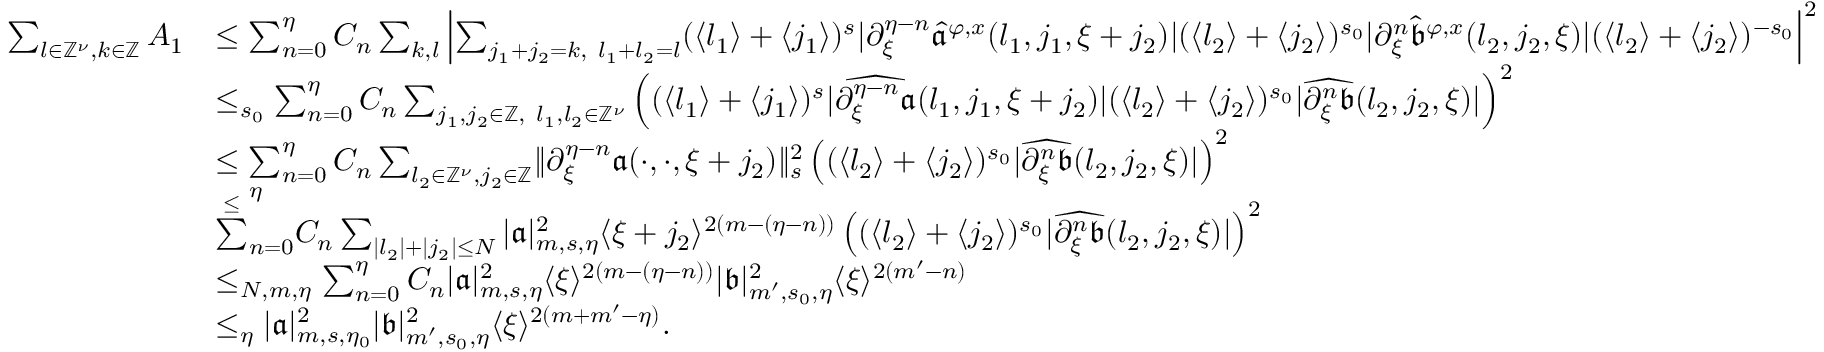
\begin{array} { r l } { \sum _ { l \in \mathbb { Z } ^ { \nu } , k \in \mathbb { Z } } A _ { 1 } } & { \le \sum _ { n = 0 } ^ { \eta } C _ { n } \sum _ { k , l } \left| \sum _ { j _ { 1 } + j _ { 2 } = k , \ l _ { 1 } + l _ { 2 } = l } ( \langle l _ { 1 } \rangle + \langle j _ { 1 } \rangle ) ^ { s } | \partial _ { \xi } ^ { \eta - n } \widehat { \mathfrak { a } } ^ { \varphi , x } ( l _ { 1 } , j _ { 1 } , \xi + { j _ { 2 } } ) | ( \langle l _ { 2 } \rangle + \langle j _ { 2 } \rangle ) ^ { s _ { 0 } } | \partial _ { \xi } ^ { n } \widehat { \mathfrak { b } } ^ { \varphi , x } ( l _ { 2 } , j _ { 2 } , \xi ) | ( \langle l _ { 2 } \rangle + \langle j _ { 2 } \rangle ) ^ { - s _ { 0 } } \right| ^ { 2 } } \\ & { \le _ { s _ { 0 } } \sum _ { n = 0 } ^ { \eta } C _ { n } \sum _ { j _ { 1 } , j _ { 2 } \in \mathbb { Z } , \ l _ { 1 } , l _ { 2 } \in \mathbb { Z } ^ { \nu } } \left( ( \langle l _ { 1 } \rangle + \langle j _ { 1 } \rangle ) ^ { s } | \widehat { \partial _ { \xi } ^ { \eta - n } \mathfrak { a } } ( l _ { 1 } , j _ { 1 } , \xi + { j _ { 2 } } ) | ( \langle l _ { 2 } \rangle + \langle j _ { 2 } \rangle ) ^ { s _ { 0 } } | \widehat { \partial _ { \xi } ^ { n } \mathfrak { b } } ( l _ { 2 } , j _ { 2 } , \xi ) | \right) ^ { 2 } } \\ & { \le \sum _ { n = 0 } ^ { \eta } C _ { n } \sum _ { l _ { 2 } \in \mathbb { Z } ^ { \nu } , j _ { 2 } \in \mathbb { Z } } \rVert \partial _ { \xi } ^ { \eta - n } \mathfrak { a } ( \cdot , \cdot , \xi + j _ { 2 } ) \rVert _ { s } ^ { 2 } \left( ( \langle l _ { 2 } \rangle + \langle j _ { 2 } \rangle ) ^ { s _ { 0 } } | \widehat { \partial _ { \xi } ^ { n } \mathfrak { b } } ( l _ { 2 } , j _ { 2 } , \xi ) | \right) ^ { 2 } } \\ & { \overset { \le } \sum _ { n = 0 } ^ { \eta } C _ { n } \sum _ { | l _ { 2 } | + | j _ { 2 } | \le N } | \mathfrak { a } | _ { m , s , \eta } ^ { 2 } \langle \xi + j _ { 2 } \rangle ^ { 2 ( m - ( \eta - n ) ) } \left( ( \langle l _ { 2 } \rangle + \langle j _ { 2 } \rangle ) ^ { s _ { 0 } } | \widehat { \partial _ { \xi } ^ { n } \mathfrak { b } } ( l _ { 2 } , j _ { 2 } , \xi ) | \right) ^ { 2 } } \\ & { \le _ { N , m , \eta } \sum _ { n = 0 } ^ { \eta } C _ { n } | \mathfrak { a } | _ { m , s , \eta } ^ { 2 } \langle \xi \rangle ^ { 2 ( m - ( \eta - n ) ) } | \mathfrak { b } | _ { m ^ { \prime } , s _ { 0 } , \eta } ^ { 2 } \langle \xi \rangle ^ { 2 ( m ^ { \prime } - n ) } } \\ & { \le _ { \eta } | \mathfrak { a } | _ { m , s , \eta _ { 0 } } ^ { 2 } | \mathfrak { b } | _ { m ^ { \prime } , s _ { 0 } , \eta } ^ { 2 } \langle \xi \rangle ^ { 2 ( m + m ^ { \prime } - \eta ) } . } \end{array}